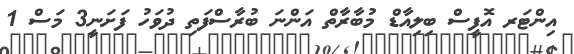
އިންޓަރ އޮފީސް ބިލިއާޑް މުބާރާތް އަންނަ ބުރާސްފަތި ދުވަހު ފަށަނީ3 މަސް 1